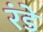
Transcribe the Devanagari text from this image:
रंडे